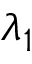
\lambda _ { 1 }